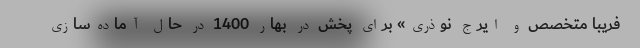
فریبا متخصص و ایرج نوذری» برای پخش در بهار 1400 در حال آماده‌سازی